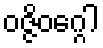
ဝဇ္ဇိဝဂ္ဂေါ